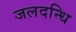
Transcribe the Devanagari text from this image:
जलदन्धि